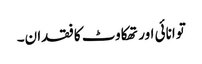
توانائی اور تھکاوٹ کا فقدان۔